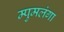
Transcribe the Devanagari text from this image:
म्पुमलंगा